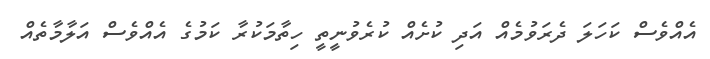
އެއްވެސް ކަހަލަ ދެރަވުމެއް އަދި ކުށެއް ކުރެވުނީތީ ހިތާމަކުރާ ކަމުގެ އެއްވެސް އަލާމާތެއް